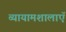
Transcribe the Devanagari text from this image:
व्यायामशालाऍ